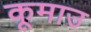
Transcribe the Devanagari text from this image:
कूमाउ